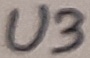
Text: U3